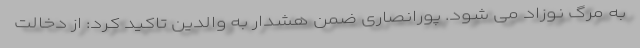
به مرگ نوزاد می شود. پورانصاری ضمن هشدار به والدین تاکید کرد: از دخالت